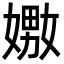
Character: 嫐